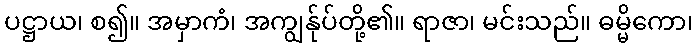
ပဋ္ဌာယ၊ စ၍။ အမှာကံ၊ အကျွန်ုပ်တို့၏။ ရာဇာ၊ မင်းသည်။ ဓမ္မိကော၊